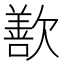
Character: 歚